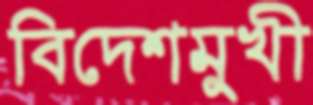
বিদেশমুখী